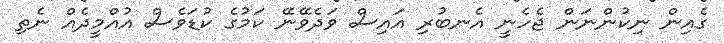
ގެއިން ނިކުންނަން ޖެހެނީ އެނބުރި އައިސް ވަދެވޭނޭ ކަމުގެ ކުޑަވެސް އުއްމީދެއް ނެތި